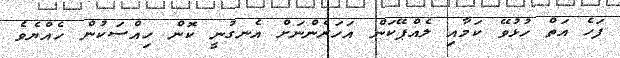
ފަހެ އަތް ހުޅުވޭ ކަމާއި ލެއްޕޭކަން އަހަރެންނަށް އެނގުނީ ކޮން ހިއްސަކުން ހެއްޔެވެ